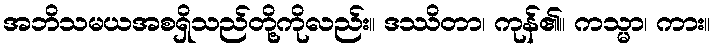
အဘိသမယအစရှိသည်တို့ကိုလည်း။ ဒဿိတာ၊ ကုန်၏။ ကသ္မာ၊ ကား။